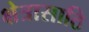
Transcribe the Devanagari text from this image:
क्षेत्रासाठि